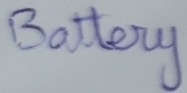
Text: Battery